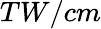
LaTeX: TW/cm